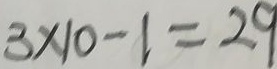
3 \times 1 0 - 1 = 2 9